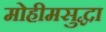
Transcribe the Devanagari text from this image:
मोहीमसुद्धा